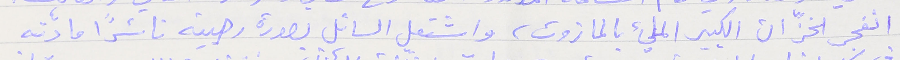
انفجر الخزّان الكبير المليء بالمازوت، واشتعل السائل بصورة رهيبة ناشراً مادّته